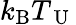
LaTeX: k_{\mathrm{B}}T_{\mathrm{~U~}}